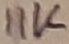
Text: 11K